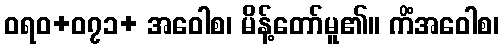
ဝရဝ+၀၇၁+ အဝေါစ၊ မိန့်တော်မူ၏။ ကိံအဝေါစ၊